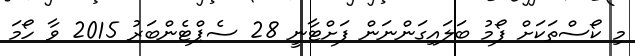
މި ކޯސްތަކަށް ފޯމު ބަލައިގަންނަން ފަށްޓާނީ 28 ސެޕްޓެންބަރު 2015 ވާ ހޯމަ